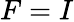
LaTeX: F=I